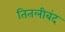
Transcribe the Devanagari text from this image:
तितलीबंद